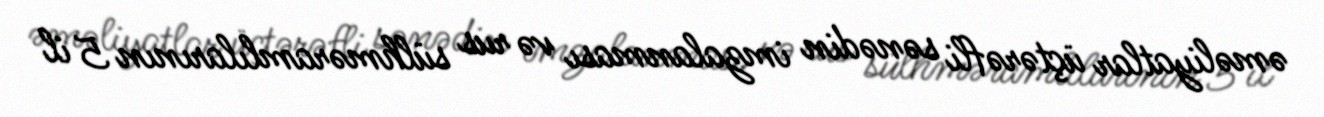
əməliyatlar üçtərəfli sənədin imzalanması və rus sülhməramlılarının 5 il